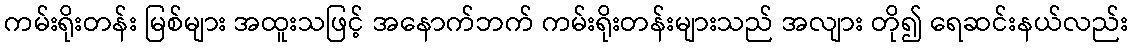
ကမ်းရိုးတန်း မြစ်များ အထူးသဖြင့် အနောက်ဘက် ကမ်းရိုးတန်းများသည် အလျား တို၍ ရေဆင်းနယ်လည်း